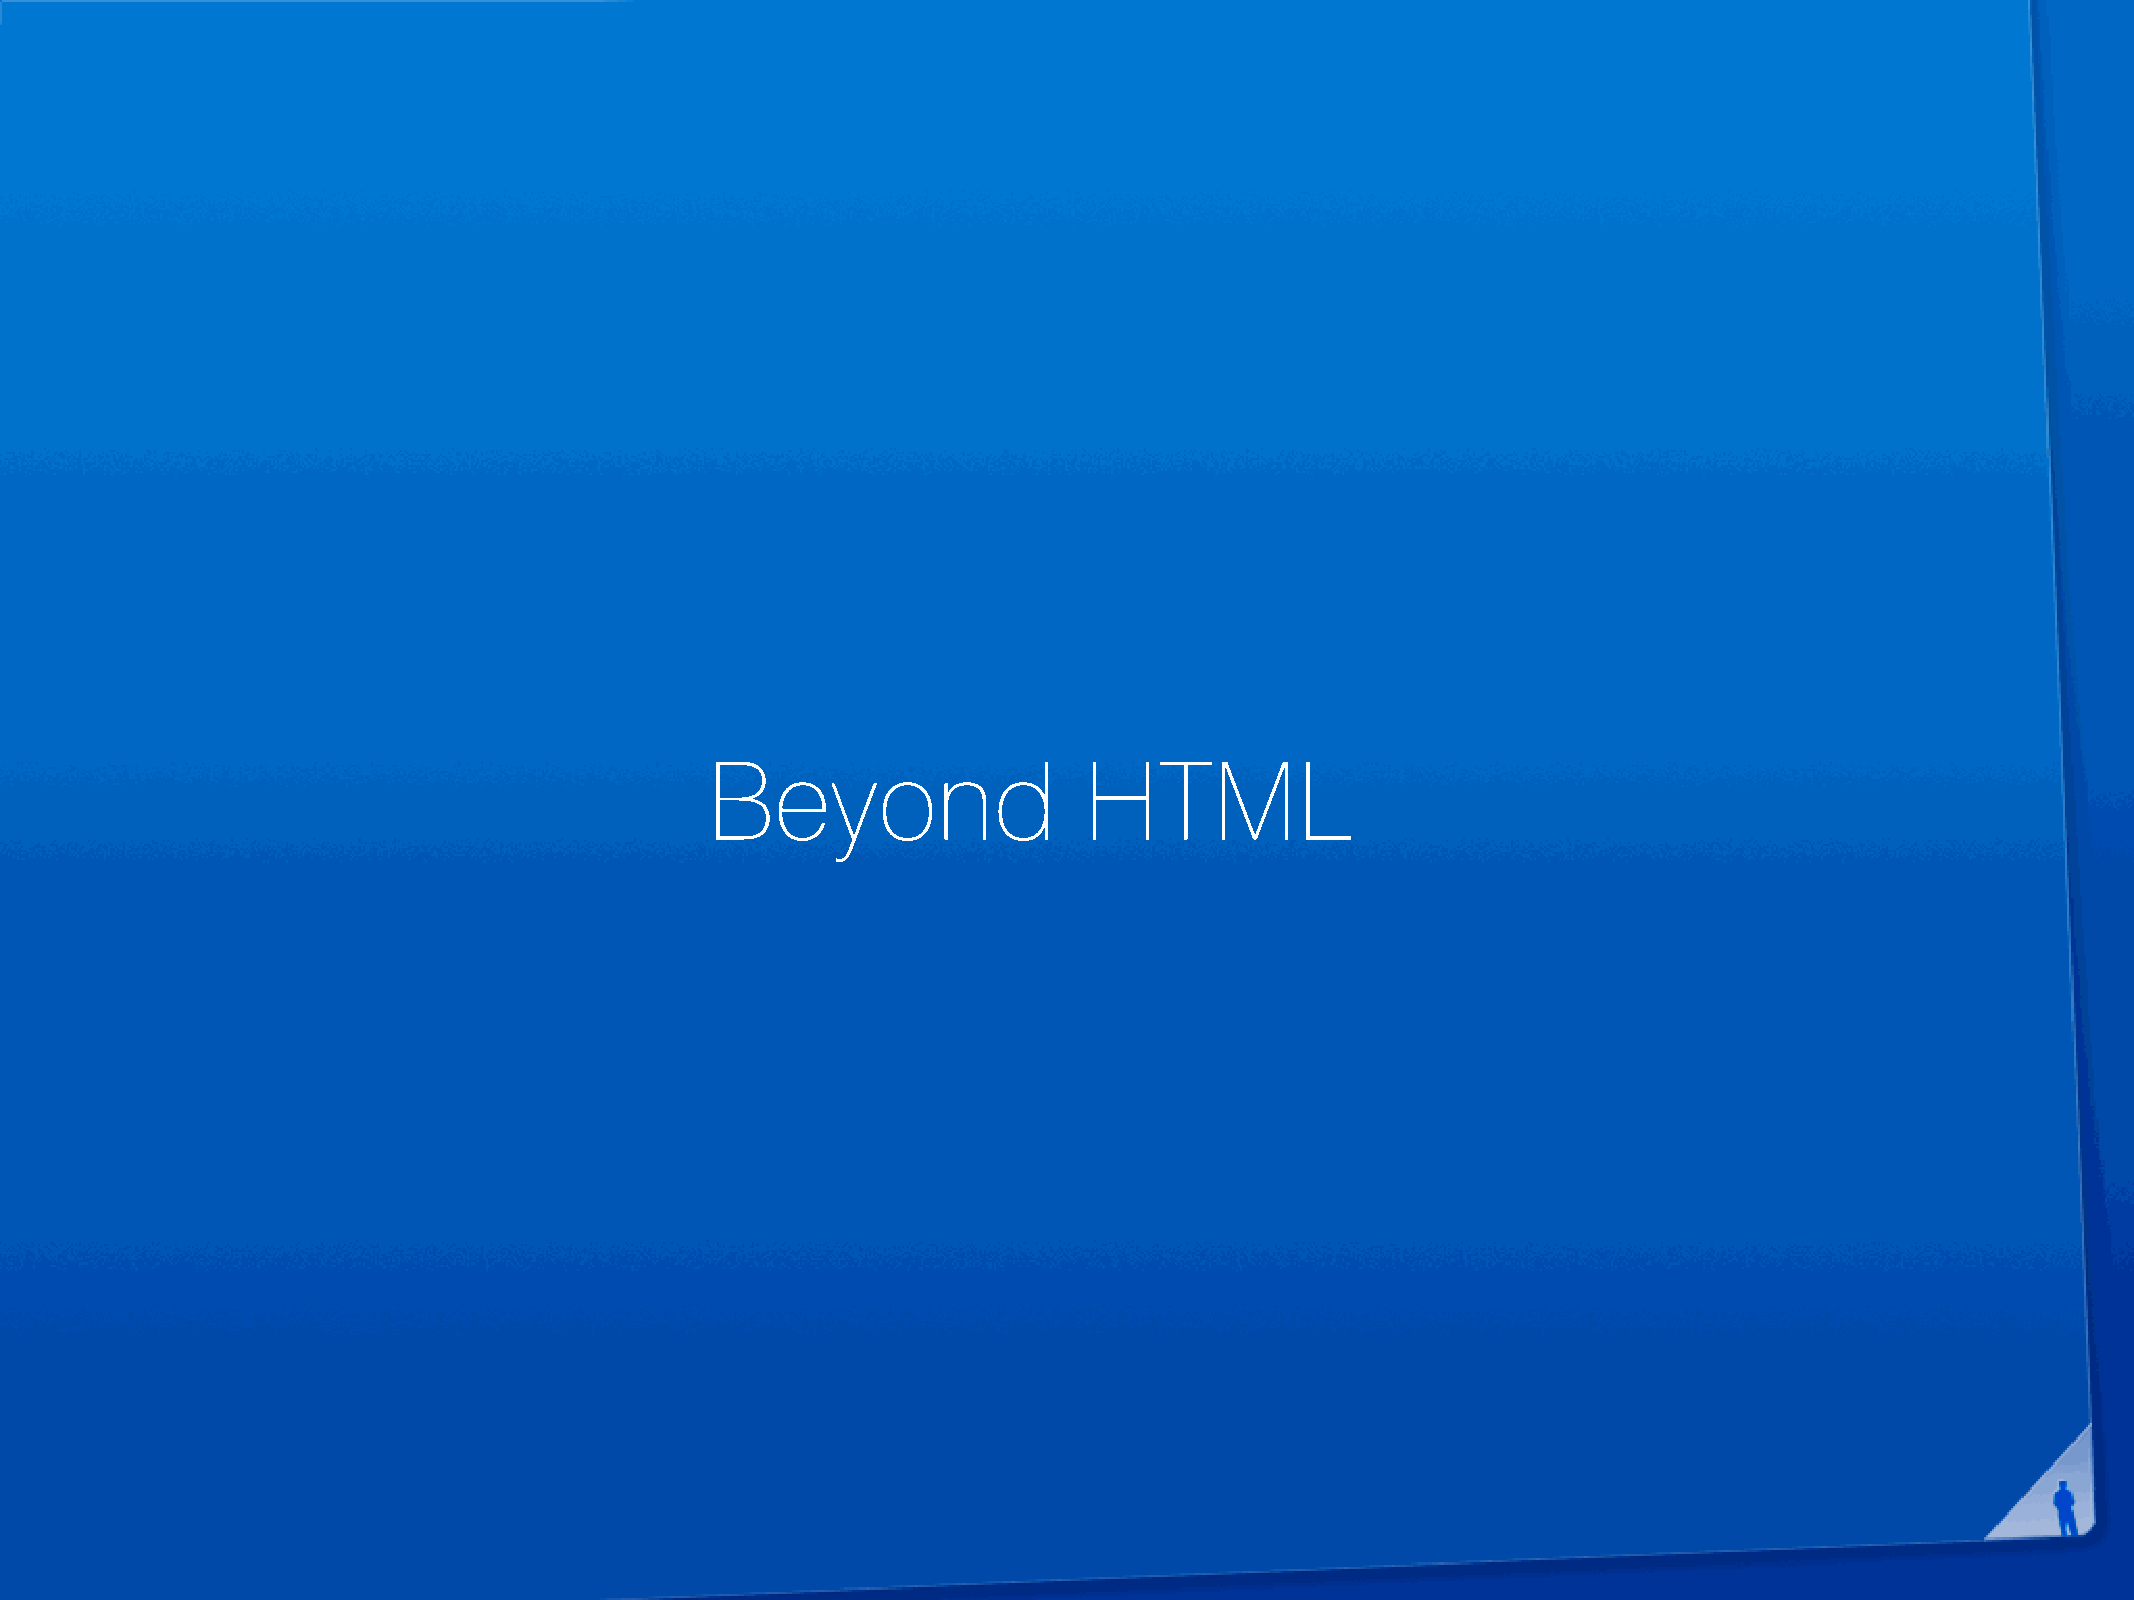
Beyond                   HTML